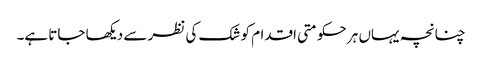
چنانچہ یہاں ہر حکومتی اقدام کو شک کی نظر سے دیکھا جاتا ہے۔